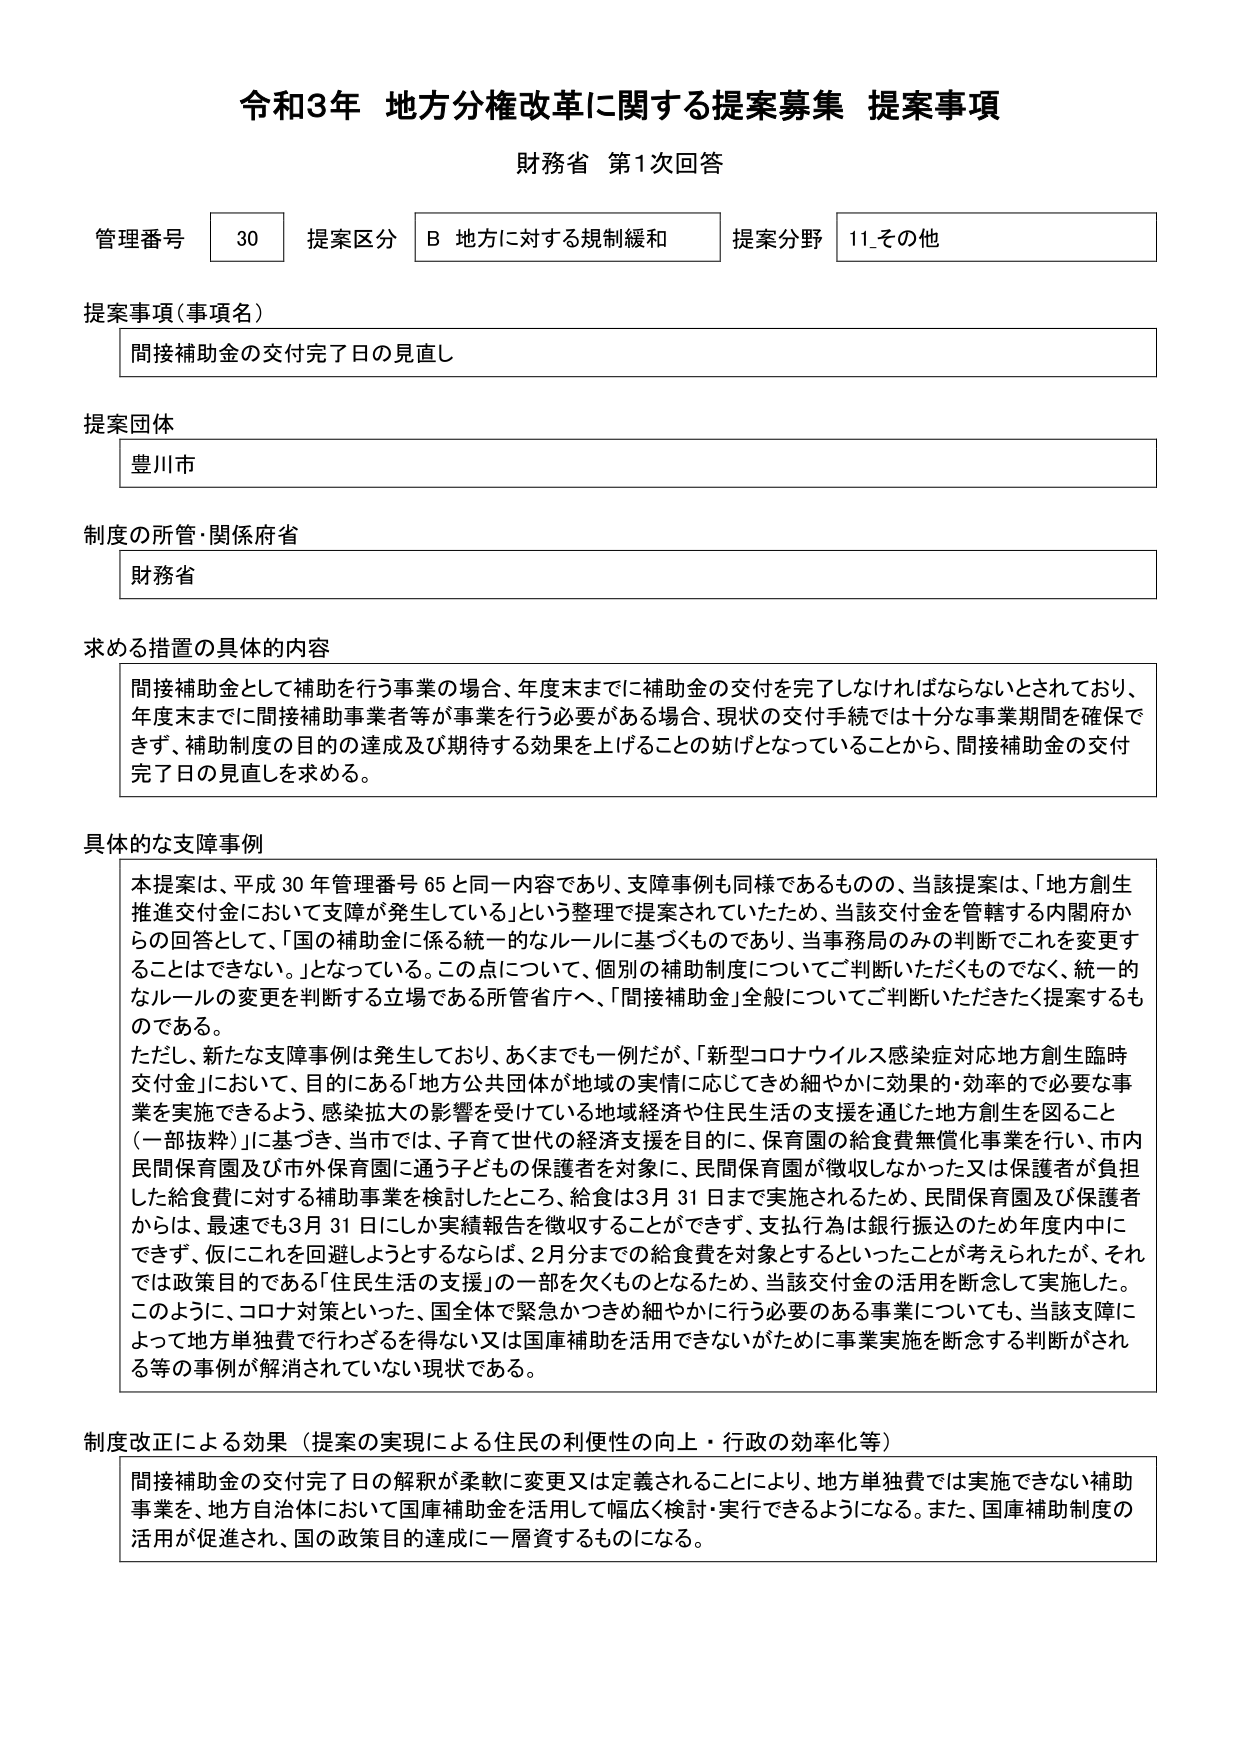
令和3年 地方分権改革に関する提案募集 提案事項
財務省 第1次回答

管理番号 30 提案区分 B 地方に対する規制緩和 提案分野 11_その他

提案事項（事項名）
間接補助金の交付完了日の見直し

提案団体
豊川市

制度の所管・関係府省
財務省

求める措置の具体的内容
間接補助金として補助を行う事業の場合、年度末までに補助金の交付を完了しなければならないとされており、
年度末までに間接補助事業者等が事業を行う必要がある場合、現状の交付手続では十分な事業期間を確保できず、補助制度の目的の達成及び期待する効果を上げることの妨げとなっていることから、間接補助金の交付完了日の見直しを求める。

具体的な支障事例
本提案は、平成30年管理番号65と同一内容であり、支障事例も同様であるものの、当該提案は、「地方創生推進交付金において支障が発生している」という整理で提案されていたため、当該交付金を管轄する内閣府からの回答として、「国の補助金に係る統一的なルールに基づくものであり、当事務局のみの判断でこれを変更することはできない。」となっている。この点について、個別の補助制度についてご判断いただくものでなく、統一的なルールの変更を判断する立場である所管省庁へ、「間接補助金」全般についてご判断いただきたく提案するものである。
ただし、新たな支障事例は発生しており、あくまでも一例だが、「新型コロナウイルス感染症対応地方創生臨時交付金」において、目的にある「地方公共団体が地域の実情に応じてきめ細やかに効果的・効率的で必要な事業を実施できるよう、感染拡大の影響を受けている地域経済や住民生活の支援を通じた地方創生を図ること（一部抜粋）」に基づき、当市では、子育て世代の経済支援を目的に、保育園の給食費無償化事業を行い、市内民間保育園及び市外保育園に通う子どもの保護者を対象に、民間保育園が徴収しなかった又は保護者が負担した給食費に対する補助事業を検討したところ、給食は3月31日まで実施されるため、民間保育園及び保護者からは、最速でも3月31日にしか実績報告を徴収することができず、支払行為は銀行振込のため年度内中にできず、仮にこれを回避しようとするならば、2月分までの給食費を対象とするといったことが考えられたが、それでは政策目的である「住民生活の支援」の一部を欠くものとなるため、当該交付金の活用を断念して実施した。
このように、コロナ対策といった、国全体で緊急かつきめ細やかに行う必要のある事業についても、当該支援によって地方単独で行わざるを得ない又は国庫補助を活用できないがために事業実施を断念する判断がされる等の事例が解消されていない現状である。

制度改正による効果（提案の実現による住民の利便性の向上・行政の効率化等）
間接補助金の交付完了日の解釈が柔軟に変更又は定義されることにより、地方単独で実施できない補助事業を、地方自治体において国庫補助金を活用して幅広く検討・実行できるようになる。また、国庫補助制度の活用が促進され、国の政策目的の達成に一層資するものになる。